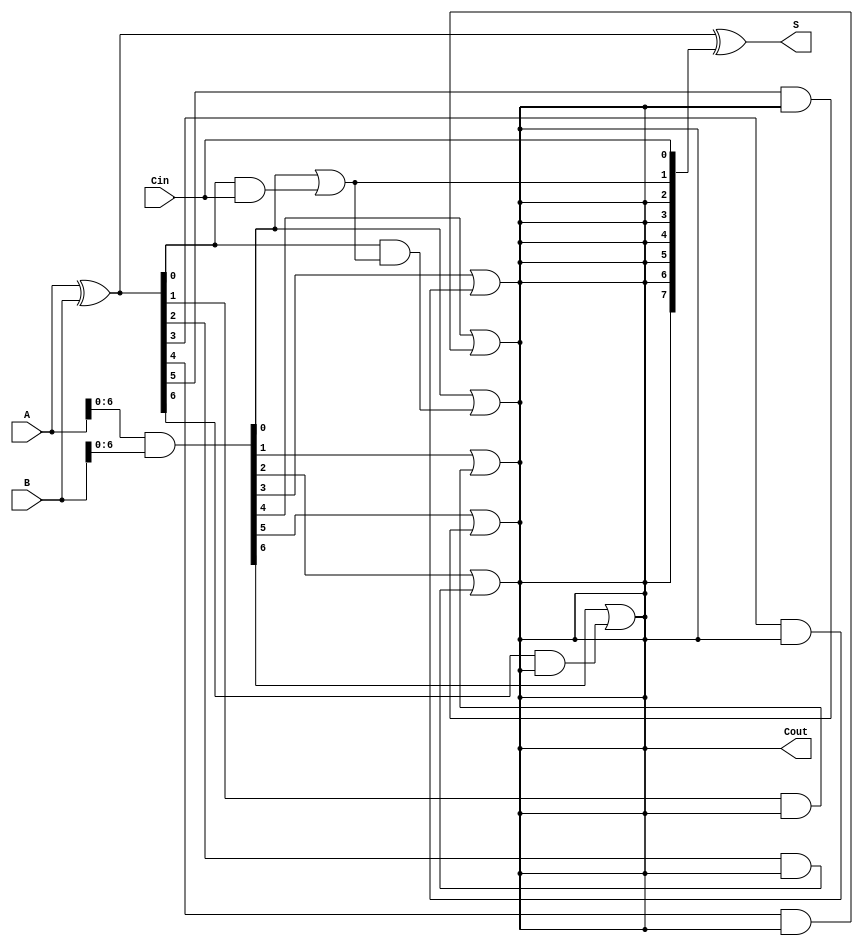
module KoggeStoneAdder #(parameter n = 8)(
    input [n-1:0] A,      // n-bit input A
    input [n-1:0] B,      // n-bit input B
    input Cin,            // Carry in
    output [n-1:0] S,     // n-bit sum output
    output Cout           // Carry out
);

    // Propagate and Generate signals
    wire [n-1:0] P, G;
    wire [n-1:0] C;       // Carry signals

    // Generate Propagate and Generate signals
    assign P = A ^ B;      // Propagate: P[i] = A[i] ^ B[i]
    assign G = A & B;      // Generate: G[i] = A[i] & B[i]

    // Stage 0 (Initial Carry Generation)
    assign C[0] = G[0] | (P[0] & Cin); // Carry in condition for C0

    // Generate carries for stages
    genvar i, j;
    
    // Kogge-Stone Carry Generation
    generate
        for (i = 0; i < n; i = i + 1) begin : carry_generation
            // Each stage computes carries based on previous stage
            for (j = 1; j < n; j = j * 2) begin
                if (i + j < n) begin
                    assign C[i + j] = G[i] | (P[i] & C[i]);
                end
            end
        end
    endgenerate

    // Sum calculation
    assign S = P ^ {C[n-2:0], Cin}; // Final sum including carry-in

    // Carry out
    assign Cout = C[n-1]; // Final carry-out

endmodule